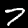
Digit: 7